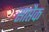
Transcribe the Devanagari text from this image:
साप्तैक